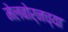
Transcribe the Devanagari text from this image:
मेलबोर्नच्या